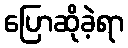
ပြောဆိုခဲ့ရာ